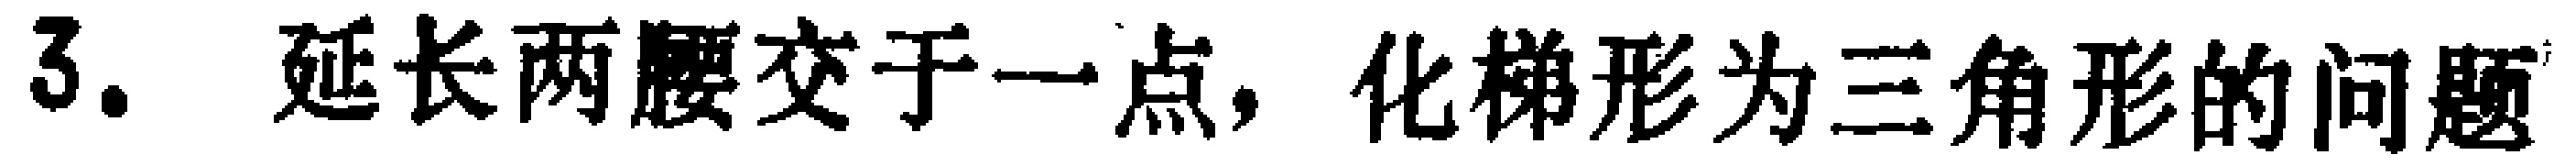
3. 延长两腰交于一点，化梯形为三角形的问题